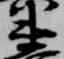
衛